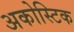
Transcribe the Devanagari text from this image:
अकोस्टिक